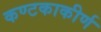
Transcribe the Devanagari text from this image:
कण्टकाकीर्ण